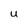
Character: u